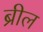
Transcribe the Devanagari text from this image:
ब्रील